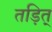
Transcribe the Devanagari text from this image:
तड़ित्‌